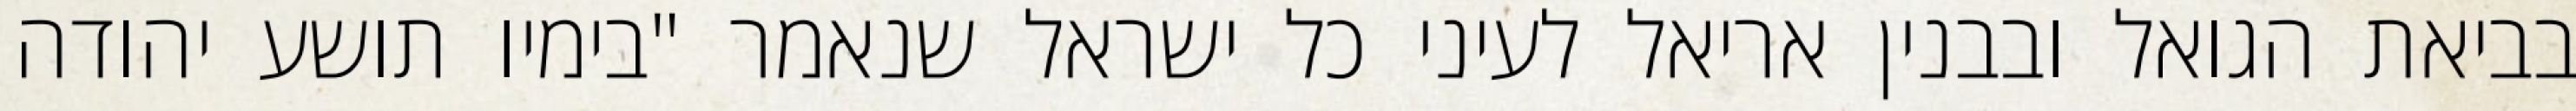
בביאת הגואל ובבנין אריאל לעיני כל ישראל שנאמר "בימיו תושע יהודה